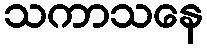
သကာသနေ